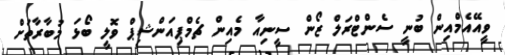
ވީއޭއެމްއިން ބުނީ ސެންޓްރަލް ޒޯން ސީނިއާ މެއިން ޗެމްޕިއަންޝިޕް ވޮލީ ބޯޅަ މުބާރާތަށް